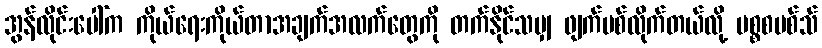
အွန်လိုင်းပေါ်က ကိုယ်ရေးကိုယ်တာအချက်အလက်တွေကို တက်နိုင်သမျှ ဖျက်ပစ်လိုက်တယ်လို့ မစ္စစမစ်သ်